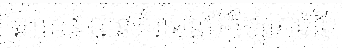
រូបនេះ បានគំរាមលើកីឡាការិនី